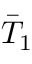
\Bar { T } _ { 1 }